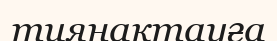
тиянақтауға